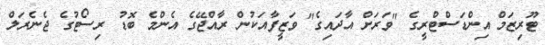
ޓޫރިޒަމް އިންޑަސްޓްރީގެ "ވަރަށް އާދައިގެ" ވަޒީފާއަކުން ރާއްޖޭގެ އެންމެ ބޮޑު ރިސޯޓުގެ ޖެނެރަލް